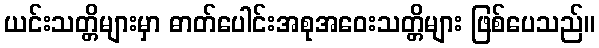
ယင်းသတ္တိများမှာ ဓာတ်ပေါင်းအစုအဝေးသတ္တိများ ဖြစ်ပေသည်။